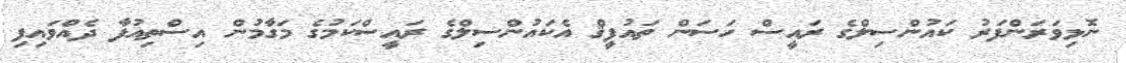
ނޮޅިވަރަންފަރު ކައުންސިލްގެ ރައީސް ހަސަން ތައުފީޤް އެކައުންސިލްގެ ރައީސްކަމުގެ މަގާމުން އިސްތިއުފާ ދެއްވައިފި